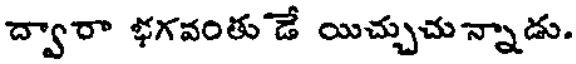
ద్వారా భగవంతు డే యిచ్చుచున్నాడు.